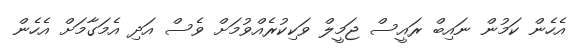
އެހެން ކަމުން ނައިބް ރައީސް ޖަމީލް ވަކިކުރެއްވުމަށް ވެސް އަދި އެމަގާމަށް އެހެން